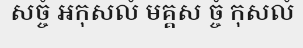
សច្ចំ អកុសលំ មគ្គស ច្ចំ កុសលំ